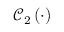
\mathcal { C } _ { 2 } \left( \cdot \right)